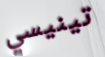
تينيسي